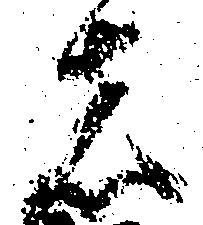
者